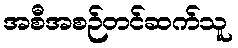
အစီအစဉ်တင်ဆက်သူ